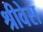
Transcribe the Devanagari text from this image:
श्रीवेस